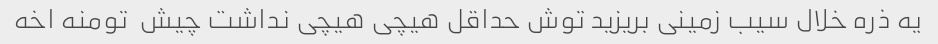
یه ذره خلال سیب زمینی بریزید توش حداقل هیچی هیچی نداشت چیش  تومنه اخه